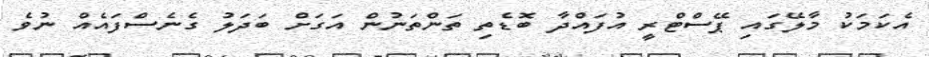
އެކަމަކު މާލޭގައި ޕޭސްޓްރީ އުފައްދާ ބޮޑެތި ތަންތަނުން އަގަށް ބަދަލު ގެނެސްފައެއް ނުވެ